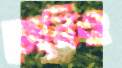
জেরিও